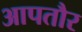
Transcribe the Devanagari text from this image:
आपतौर